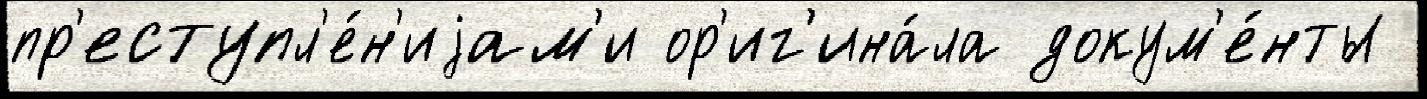
пр'еступл'е́н'иjам'и ор'иг'ина́ла докум'е́нты